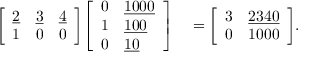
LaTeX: \begin{array} { r l } { { \left[ \begin{array} { l l l } { { \underline { { 2 } } } } & { { \underline { { 3 } } } } & { { \underline { { 4 } } } } \\ { 1 } & { 0 } & { 0 } \end{array} \right] } { \left[ \begin{array} { l l } { 0 } & { { \underline { { 1 0 0 0 } } } } \\ { 1 } & { { \underline { { 1 0 0 } } } } \\ { 0 } & { { \underline { { 1 0 } } } } \end{array} \right] } } & { { } = { \left[ \begin{array} { l l } { 3 } & { { \underline { { 2 3 4 0 } } } } \\ { 0 } & { 1 0 0 0 } \end{array} \right] } . } \end{array}